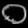
Digit: ၀